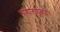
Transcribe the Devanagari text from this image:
न्यायालयाबाहेर